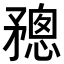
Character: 𥎋